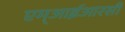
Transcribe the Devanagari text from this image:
एम्आईआरसी